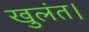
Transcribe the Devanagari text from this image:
खुलंत।